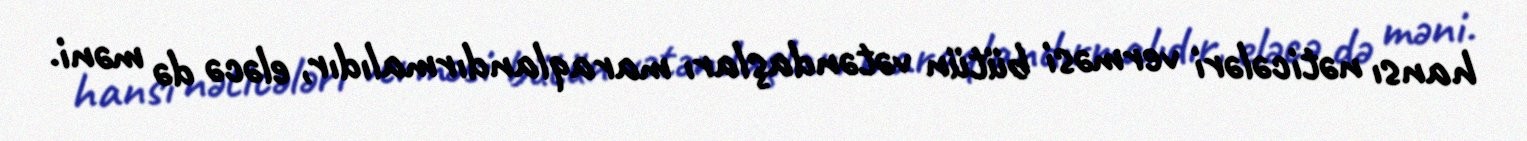
hansı nəticələri verməsi bütün vətəndaşları maraqlandırmalıdır, eləcə də məni.